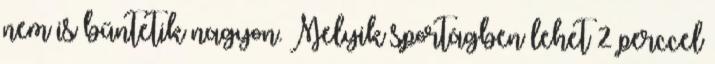
nem is bűntetik nagyon. Melyik sportágben lehet 2 perccel